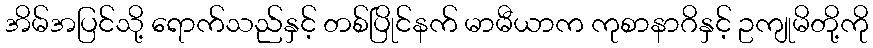
အိမ်အပြင်သို့ ရောက်သည်နှင့် တစ်ပြိုင်နက် မာမီယာက ကုစာနာဂိနှင့် ဥကျုမိတို့ကို